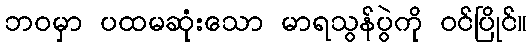
ဘဝမှာ ပထမဆုံးသော မာရသွန်ပွဲကို ဝင်ပြိုင်။